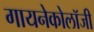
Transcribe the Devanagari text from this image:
गायनेकोलॉजी